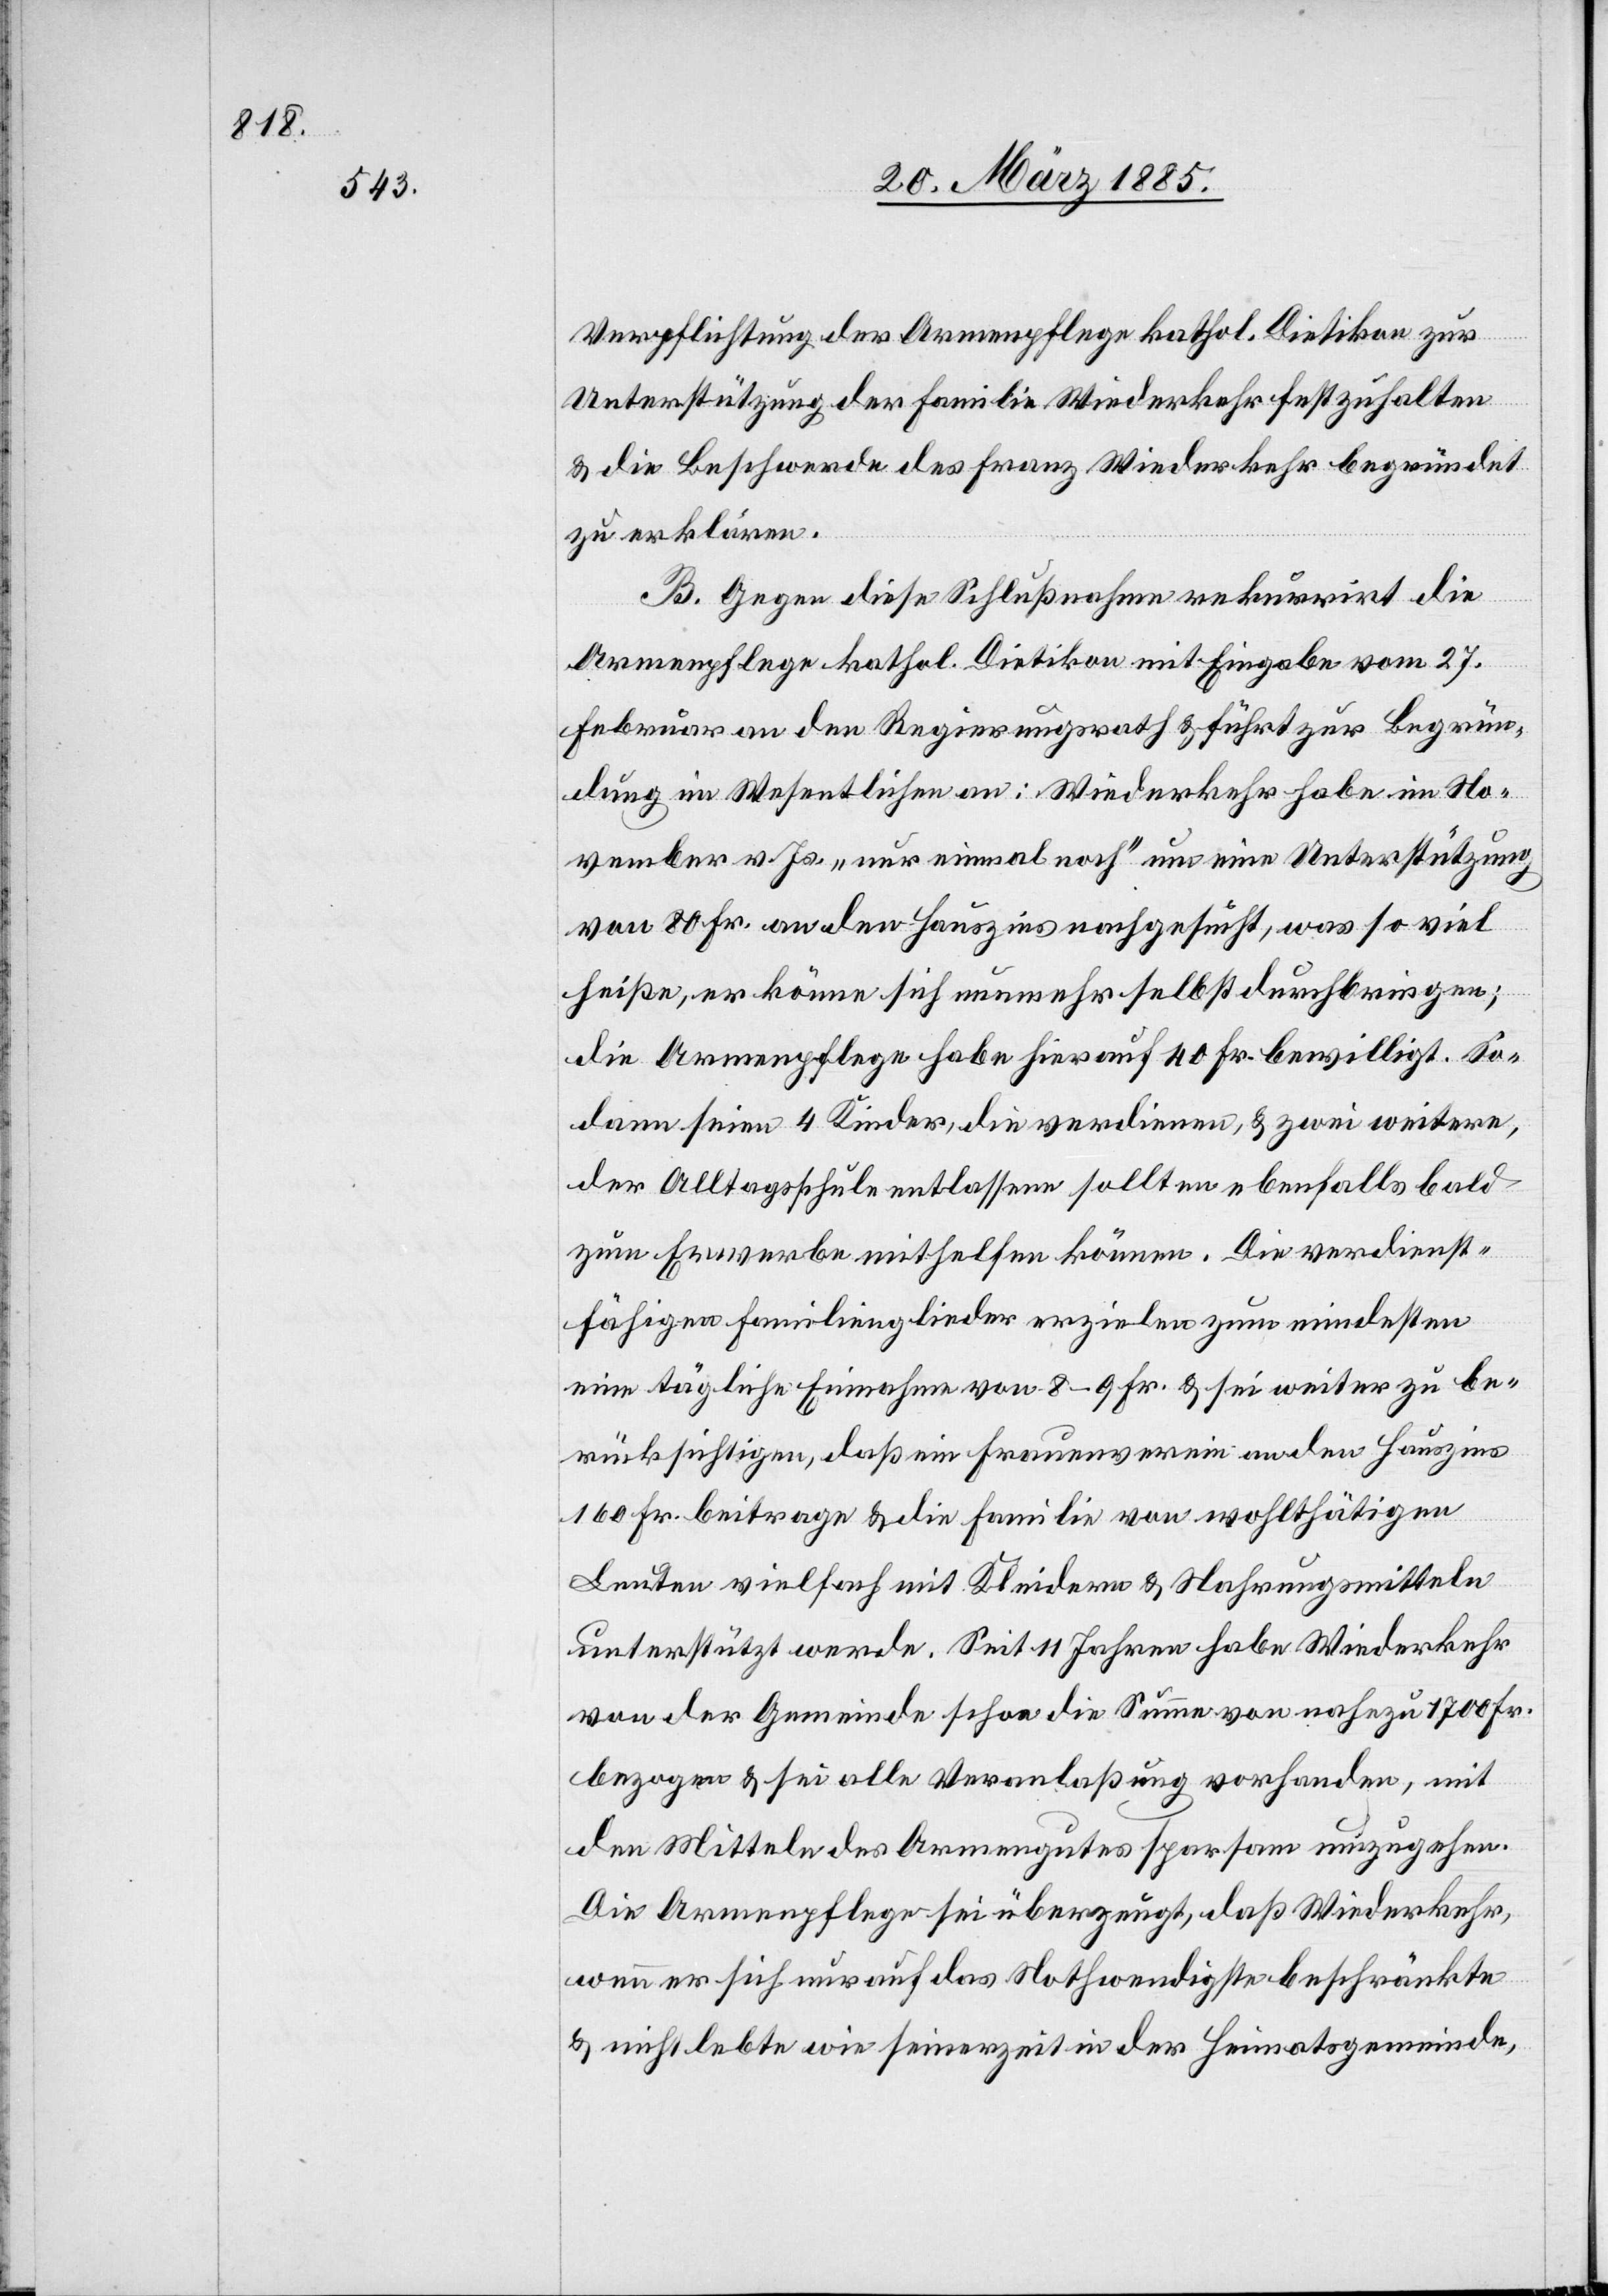
Verpflichtung der Armenpflege kathol. Dietikon zur
Unterstützung der Familie Wiederkehr festzuhalten
& die Beschwerde des Franz Wiederkehr begründet
zu erklären.
B. Gegen diese Schlußnahme rekurrirt die
Armenpflege kathol. Dietikon mit Eingabe vom 27.
Februar an den Regierungsrath & führt zur Begrün¬
dung im Wesentlichen an: Wiederkehr habe im No¬
vember v. Js. „nur einmal noch“ um eine Unterstützung
von 80 Fr. an den Hauszins nachgesucht, was so viel
heiße, er könne sich nunmehr selbst durchbringen;
die Armenpflege habe hierauf 40 Fr. bewilligt. So¬
dann seine 4 Kinder, die verdienen, & zwei weitere,
der Alltagsschule entlassene sollten ebenfalls bald
zum Erwerbe mithelfen können. Die verdienst¬
fähigen Familienglieder erzielen zum mindesten
eine tägliche Einnahme von 8–9 Fr. & sei weiter zu be¬
rücksichtigen, daß ein Frauenverein an den Hauszins
160 Fr. beitrage & die Familie von wohlthätigen
Leuten vielfach mit Kleidern & Nahrungsmitteln
unterstützt werde. Seit 11 Jahren habe Wiederkehr
von der Gemeinde schon die Summe von nahezu 1700 Fr.
bezogen & sei alle Veranlaßung vorhanden, mit
den Mitteln des Armengutes sparsam umzugehen.
Die Armenpflege sei überzeugt, daß Wiederkehr,
wenn er sich nur auf das Nothwendigste beschränkte
& nicht lebte wie seinerzeit in der Heimatgemeinde,